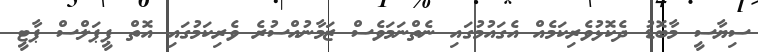
ސިޔާސީ މާބޮޑު ދެކޮޅުވެރިކަމެއް އެގައުމުގައި ނެތްނަމަވެސް ޒަމާނުއްސުރެ ވެރިކަމުގައި އޮތް ޕީޕަލްސް ޕާޓީ